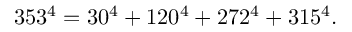
3 5 3 ^ { 4 } = 3 0 ^ { 4 } + 1 2 0 ^ { 4 } + 2 7 2 ^ { 4 } + 3 1 5 ^ { 4 } .